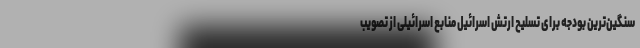
سنگین‌ترین بودجه برای تسلیح ارتش اسرائیل منابع اسرائیلی از تصویب